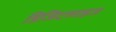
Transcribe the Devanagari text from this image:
डिजिटलाइज